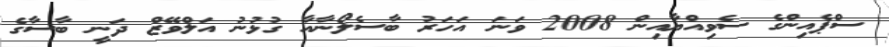
ސްޕެއިންގެ ސެވިއްޔާއިން 2008 ވަނަ އަހަރު ބާސެލޯނާއާ ގުޅުނު އަލްވޭޒް ދަނީ ބާސާގެ